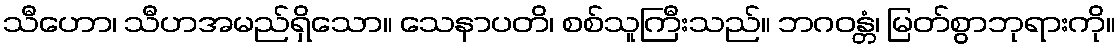
သီဟော၊ သီဟအမည်ရှိသော။ သေနာပတိ၊ စစ်သူကြီးသည်။ ဘဂဝန္တံ၊ မြတ်စွာဘုရားကို။